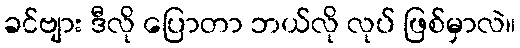
ခင်ဗျား ဒီလို ပြောတာ ဘယ်လို လုပ် ဖြစ်မှာလဲ။